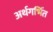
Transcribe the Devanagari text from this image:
अर्थगर्भित